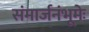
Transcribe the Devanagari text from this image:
संमार्जनंभूमेः